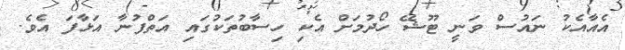
އެއާއެކު ނައުސް ވަނީ ޓޫޝޭ ހޯދުމަށް އެކި ހިސާބުތަކުގައި އަތްފުނާ އަޅާފަ އެވެ.